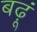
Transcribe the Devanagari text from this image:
बढ़ूं